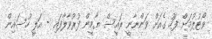
ވޯޓުލުމަށް ފަހު ގެއަށް ވަންނާނީ ރައީސް ޔާމީން ފުރުވާލާފައި - އަލީ ހުސައިން